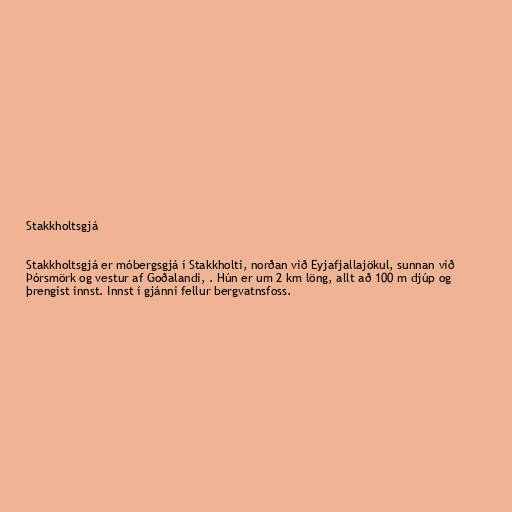
Stakkholtsgjá

Stakkholtsgjá er móbergsgjá í Stakkholti, norðan við Eyjafjallajökul, sunnan við
Þórsmörk og vestur af Goðalandi, . Hún er um 2 km löng, allt að 100 m djúp og
þrengist innst. Innst í gjánni fellur bergvatnsfoss.